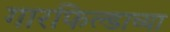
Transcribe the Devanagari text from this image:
गारफिल्डाच्या